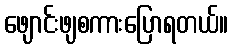
ဖျောင်းဖျစကားပြောရတယ်။